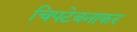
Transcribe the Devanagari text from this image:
चिपटेबनाकर